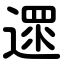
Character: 遝